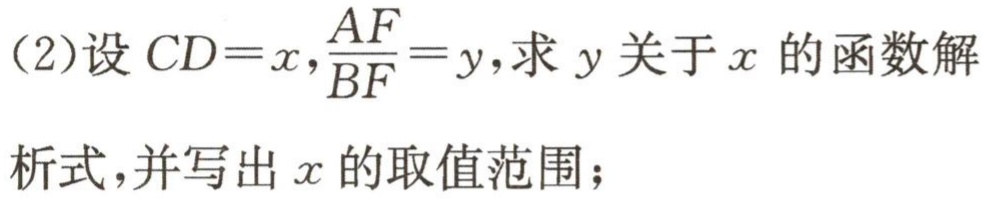
(2)设\(CD = x,\frac{AF}{BF}=y\),求\(y\)关于\(x\)的函数解
析式,并写出\(x\)的取值范围；